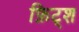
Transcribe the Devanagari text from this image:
फ़िट्श